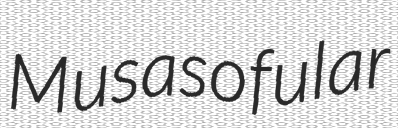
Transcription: Musasofular